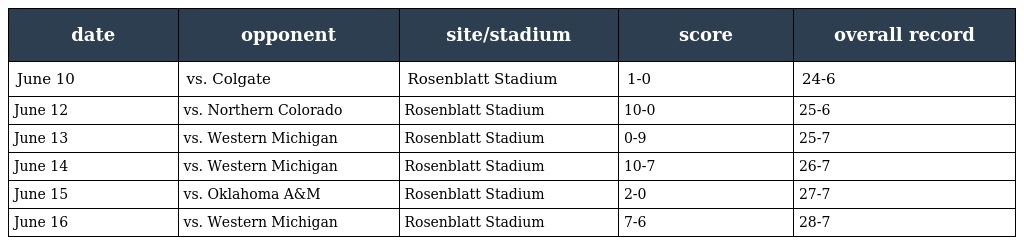
| date | opponent | site/stadium | score | overall record |
 | --- | --- | --- | --- | --- |
 | June 10 | vs. Colgate | Rosenblatt Stadium | 1-0 | 24-6 |
 | June 12 | vs. Northern Colorado | Rosenblatt Stadium | 10-0 | 25-6 |
 | June 13 | vs. Western Michigan | Rosenblatt Stadium | 0-9 | 25-7 |
 | June 14 | vs. Western Michigan | Rosenblatt Stadium | 10-7 | 26-7 |
 | June 15 | vs. Oklahoma A&M | Rosenblatt Stadium | 2-0 | 27-7 |
 | June 16 | vs. Western Michigan | Rosenblatt Stadium | 7-6 | 28-7 |